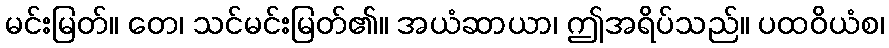
မင်းမြတ်။ တေ၊ သင်မင်းမြတ်၏။ အယံဆာယာ၊ ဤအရိပ်သည်။ ပထဝိယံစ၊